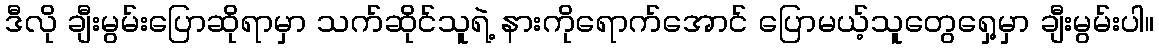
ဒီလို ချီးမွမ်းပြောဆိုရာမှာ သက်ဆိုင်သူရဲ့ နားကိုရောက်အောင် ပြောမယ့်သူတွေရှေ့မှာ ချီးမွမ်းပါ။